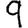
Digit: 9